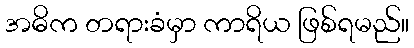
အဓိက တရားခံမှာ ကာရိယ ဖြစ်ရမည်။